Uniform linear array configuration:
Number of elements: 12
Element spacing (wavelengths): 1
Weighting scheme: hann
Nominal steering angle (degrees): -30
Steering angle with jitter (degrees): -29.256
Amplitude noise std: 0.05
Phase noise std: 0.05

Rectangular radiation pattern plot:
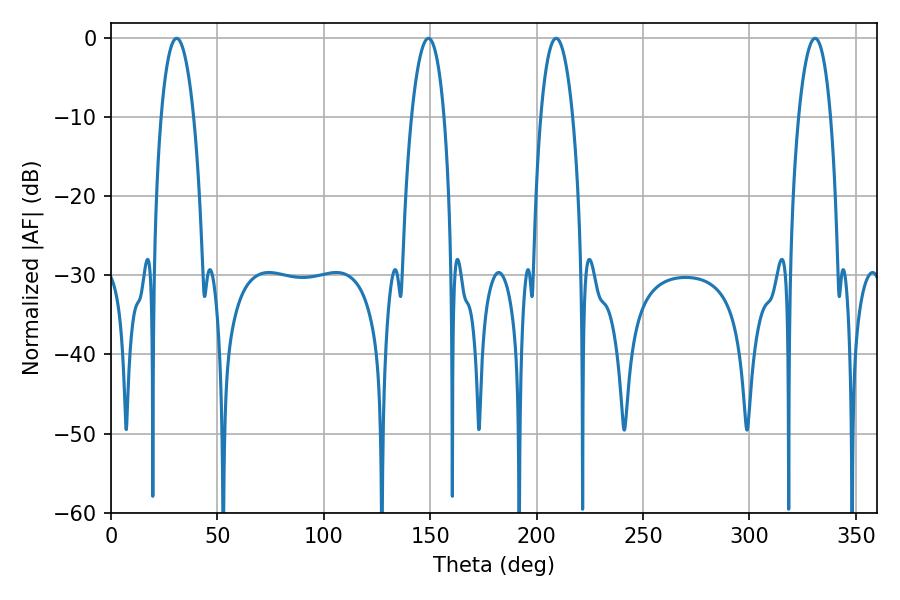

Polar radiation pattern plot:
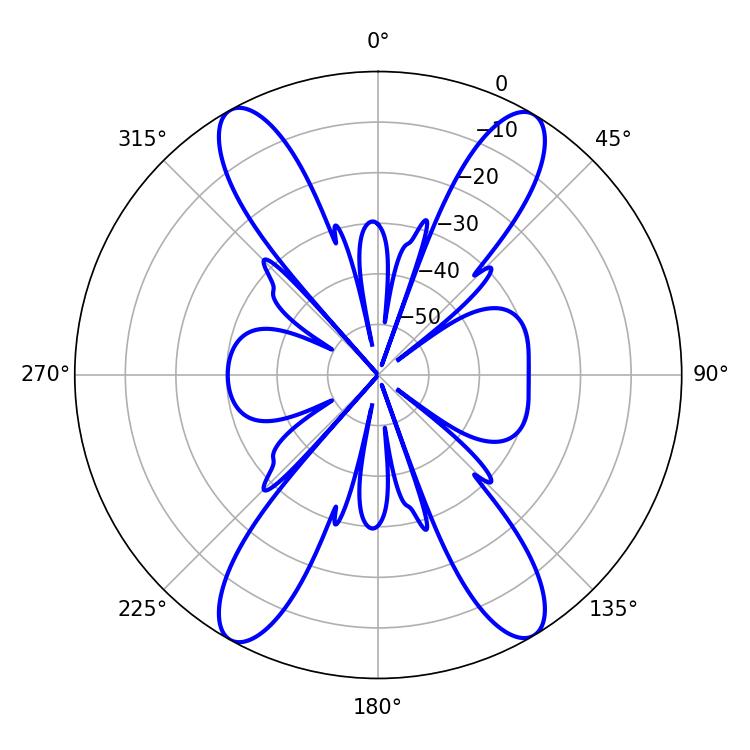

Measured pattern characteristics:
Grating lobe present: TRUE
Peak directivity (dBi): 22.481
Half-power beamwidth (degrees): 8.46
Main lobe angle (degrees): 209.16